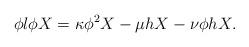
LaTeX: \begin{align*}\phi l\phi X=\kappa \phi ^{2}X-\mu hX-\nu \phi hX. \end{align*}